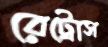
রেট্রোস